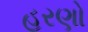
હરણો